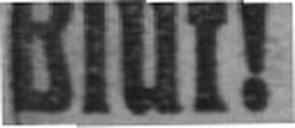
Blut!